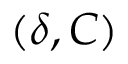
( \delta , C )